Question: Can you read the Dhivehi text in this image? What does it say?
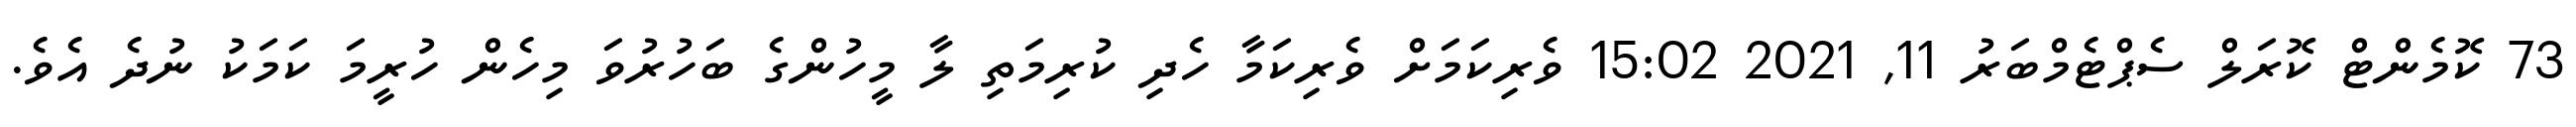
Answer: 73 ކޮމެންޓް ކޮރަލް ސެޕްޓެމްބަރު 11, 2021 15:02 ވެރިކަމަށް ވެރިކަމާ ހެދި ކުރިމަތި ލާ މީހުންގެ ބަހުރުވަ މިހެން ހުރީމަ ކަމަކު ނުދެ އެވެ.